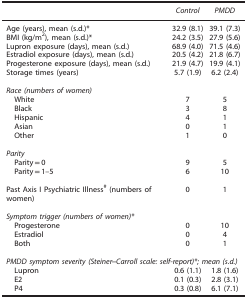
<table><thead><tr><td><b> </b></td><td><b><i>Control</i></b></td><td><b><i>PMDD</i></b></td></tr></thead><tbody><tr><td>Age (years), mean (s.d.)*</td><td>32.9 (8.1)</td><td>39.1 (7.3)</td></tr><tr><td>BMI (kg/m<sup>2</sup>), mean (s.d.)*</td><td>24.2 (3.5)</td><td>27.9 (5.6)</td></tr><tr><td>Lupron exposure (days), mean (s.d.)</td><td>68.9 (4.0)</td><td>71.5 (4.6)</td></tr><tr><td>Estradiol exposure (days), mean (s.d.)</td><td>20.5 (4.2)</td><td>21.8 (6.7)</td></tr><tr><td>Progesterone exposure (days), mean (s.d.)</td><td>21.9 (4.7)</td><td>19.9 (4.1)</td></tr><tr><td>Storage times (years)</td><td>5.7 (1.9)</td><td>6.2 (2.4)</td></tr><tr><td> </td><td> </td><td> </td></tr><tr><td colspan="3"><i>Race (numbers of women)</i></td></tr><tr><td> White</td><td>7</td><td>5</td></tr><tr><td> Black</td><td>3</td><td>8</td></tr><tr><td> Hispanic</td><td>4</td><td>1</td></tr><tr><td> Asian</td><td>0</td><td>1</td></tr><tr><td> Other</td><td>1</td><td>0</td></tr><tr><td> </td><td> </td><td> </td></tr><tr><td colspan="3"><i>Parity</i></td></tr><tr><td> Parity=0</td><td>9</td><td>5</td></tr><tr><td> Parity=1–5</td><td>6</td><td>10</td></tr><tr><td> </td><td> </td><td> </td></tr><tr><td>Past Axis I Psychiatric Illness<sup>#</sup> (numbers of women)</td><td>0</td><td>1</td></tr><tr><td> </td><td> </td><td> </td></tr><tr><td colspan="3"><i>Symptom trigger (numbers of women)*</i></td></tr><tr><td> Progesterone</td><td>0</td><td>10</td></tr><tr><td> Estradiol</td><td>0</td><td>4</td></tr><tr><td> Both</td><td>0</td><td>1</td></tr><tr><td> </td><td> </td><td> </td></tr><tr><td colspan="3"><i>PMDD symptom severity (Steiner–Carroll scale: self-report)* mean (s.d.)</i></td></tr><tr><td> Lupron</td><td>0.6 (1.1)</td><td>1.8 (1.6)</td></tr><tr><td> E2</td><td>0.1 (0.3)</td><td>2.8 (3.1)</td></tr><tr><td> P4</td><td>0.3 (0.8)</td><td>6.1 (7.1)</td></tr></tbody></table>